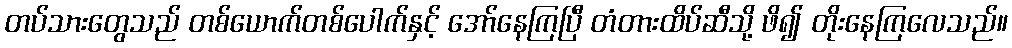
တပ်သားတွေသည် တစ်ယောက်တစ်ပေါက်နှင့် အော်နေကြပြီ တံတားထိပ်ဆီသို့ ဖိ၍ တိုးနေကြလေသည်။